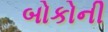
બોકોની